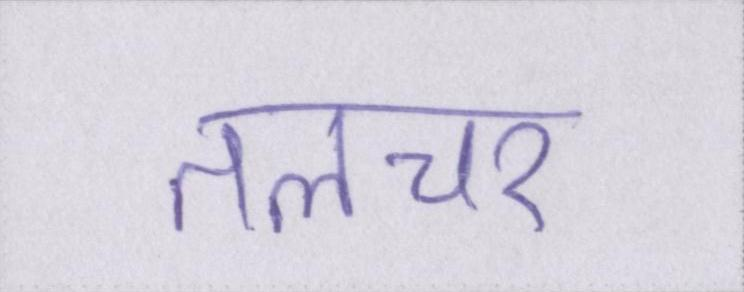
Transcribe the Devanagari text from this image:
तलचर